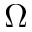
\Omega